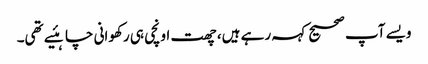
ویسے آپ صحیح کہہ رہے ہیں، چھت اونچی ہی رکھوانی چاہئیے تھی۔